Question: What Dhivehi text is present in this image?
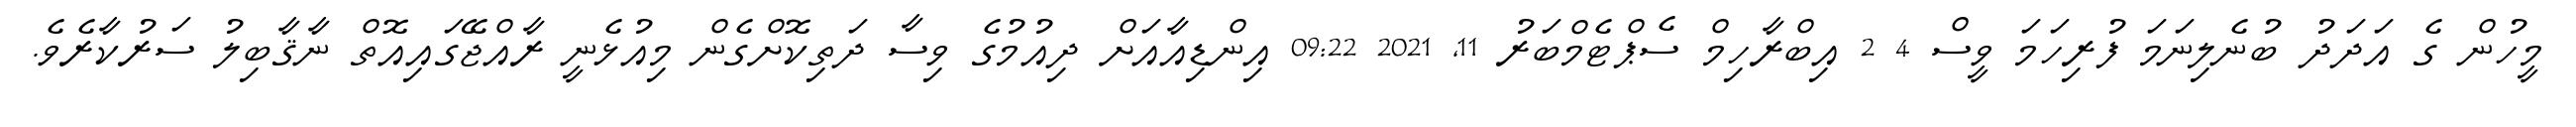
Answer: މީހުން ގެ އަދަދު ބުނެލިނަމަ ފުރިހަމަ ވީސް 4 2 އިބްރާހިމް ސެޕްޓެމްބަރު 11, 2021 09:22 އިންޑިއާއަށް ދިއުމުގެ ވިސާ ދަތިކޮށްގެން މިއުޅެނީ ރާއްޖޭގައިއޮތް ނާޤާބިލު ސަރުކާރެވެ.